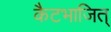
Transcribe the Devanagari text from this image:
कैटभाजित्